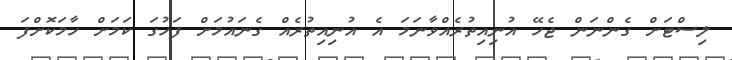
ލިސްޓަށް ގެންނަން ޖެހޭ އުނިއިތުރެއްވާނަމަ އެ އުނިއިތުރެއް ގެނައުމަށް ފަހުގަ ކަމަށް ހާމަކޮށްފަ